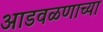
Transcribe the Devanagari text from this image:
आडवळणाच्या